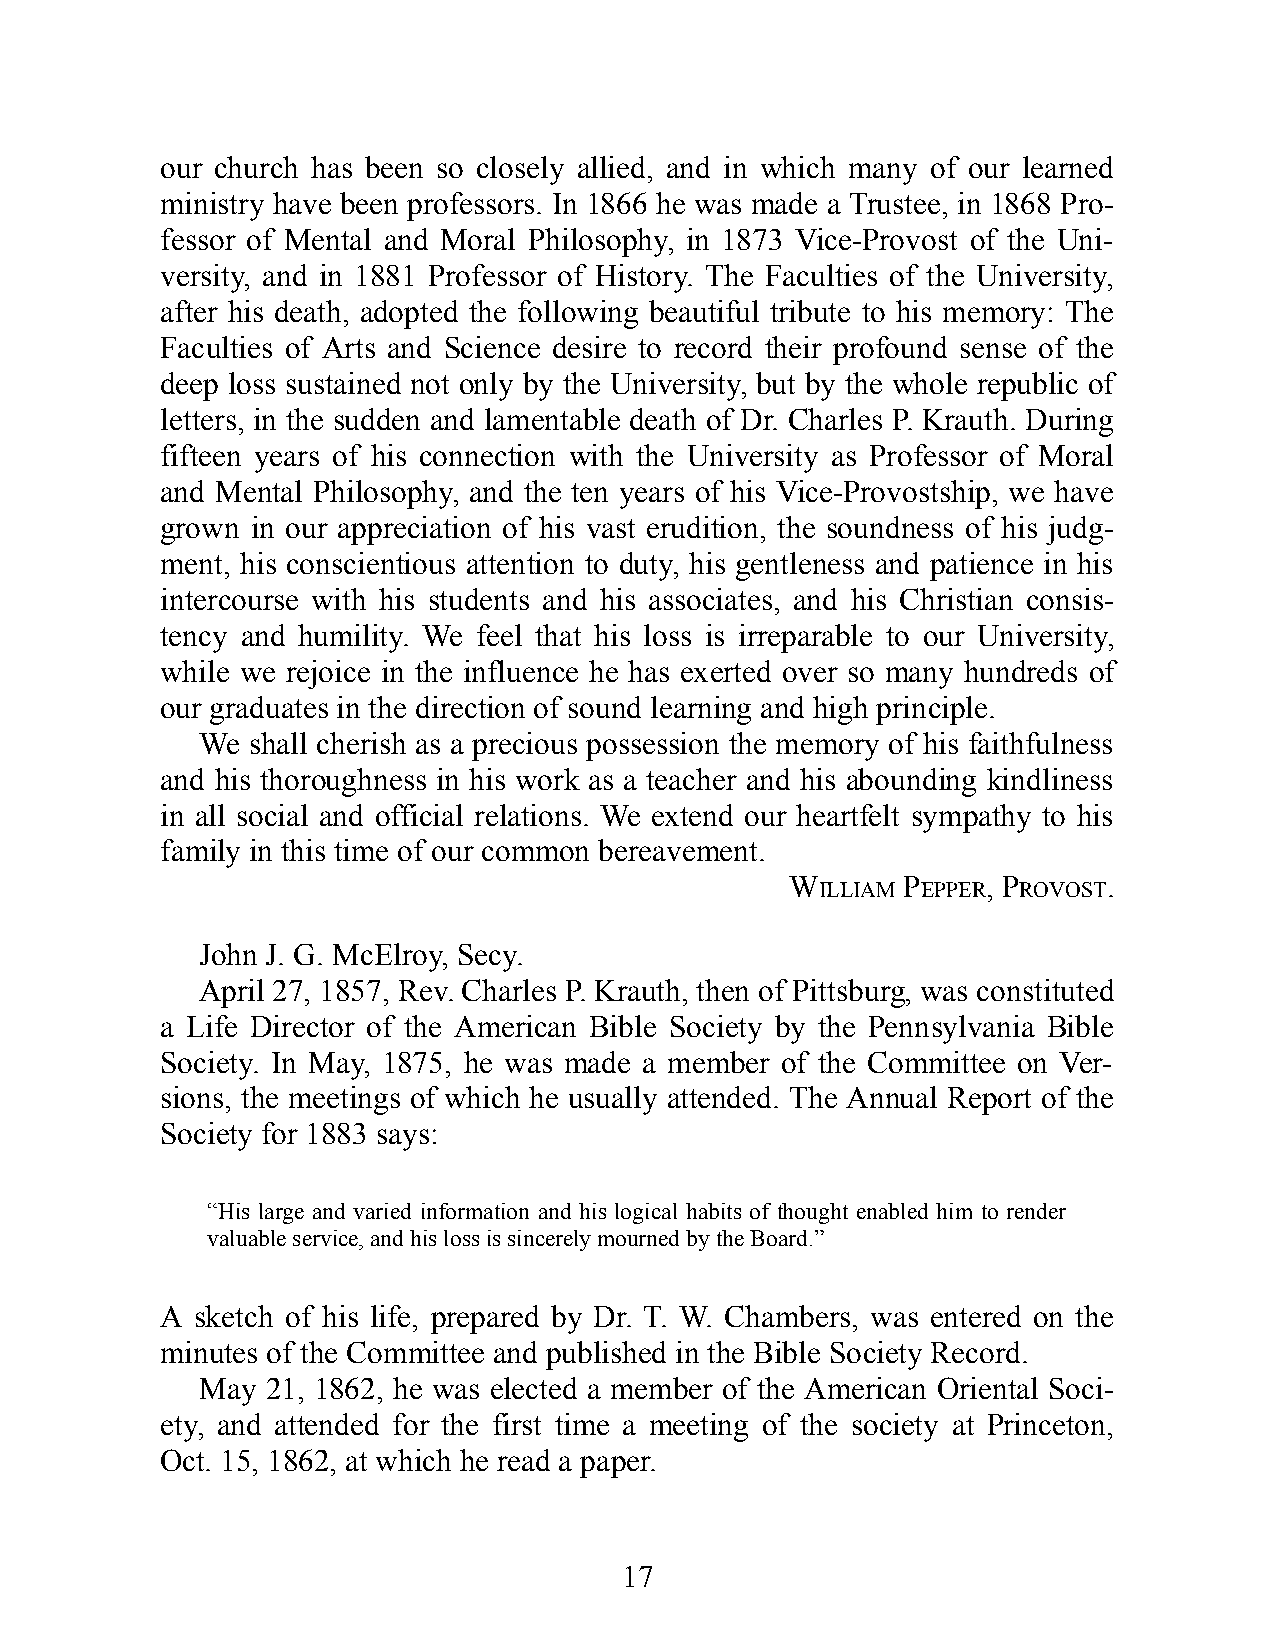
our church has been so closely al lied, and in which many of our learned
 mini stry have been prof es sors. In 1866 he was made a Trustee, in 1868 Pro-
 fes sor of Ment al and Moral Phi los o phy, in 1873 Vice-Provost of the Uni-
 vers ity, and in 1881 Prof es sor of Hist ory. The Facu lt ies of the Univ ers ity,
 af ter his death, adopted the fol lowi ng beaut i ful trib ute to his mem ory: The
 Facu lt ies of Arts and Sci ence des ire to record their prof ound sense of the
 deep loss sust ained not only by the Uni vers ity, but by the whole re publ ic of
 lett ers, in the sudd en and lame nt a ble death of Dr. Charles P. Krauth. Dur ing
 fift een years of his conn ect ion with the Univ ers ity as Prof es sor of Moral
 and Men tal Phi los o phy, and the ten years of his Vice-Provost ship, we have
 grown in our app rec i at ion of his vast erud it ion, the soundn ess of his judg-
 ment, his cons ci ent ious at ten tion to duty, his gent len ess and pat ience in his
 int er course with his stu dents and his as soc iates, and his Chris tian cons is-
 tency and hu mil ity. We feel that his loss is ir repara ble to our Univ ers ity,
 while we re joice in the inf lu ence he has exe rted over so many hund reds of
 our grad u ates in the di rec tion of sound learn ing and high princ i ple.
 We shall cher ish as a prec ious poss ess ion the memo ry of his faith ful ness
 and his thor ough ness in his work as a teacher and his aboundi ng kind li ness
 in all soc ial and off i cial re la tions. We ext end our heartf elt sym pat hy to his
 fam ily in this time of our com mon be reave ment.
 W       P    , P     .
 ILLIAM EPPER ROVOST
 John J. G. McElr oy, Secy.
 April 27, 1857, Rev. Charles P. Krauth, then of Pittsb urg, was con stit uted
 a Life Di rec tor of the Ameri c an Bible So ci ety by the Penn syl van ia Bible
 So ci ety. In May, 1875, he was made a memb er of the Comm it tee on Ver-
 sions, the meet ings of which he usua lly at tended. The Ann ual Rep ort of the
 So ci ety for 1883 says:
 “His large and vari ed in form at ion and his logi cal habits of thought ena bled him to rend er
 valua ble ser vice, and his loss is sin cerely mourned by the Board.”
 A sketch of his life, prep ared by Dr. T. W. Cham bers, was ent ered on the
 minu tes of the Comm it tee and pub lished in the Bible So ci ety Record.
 May  21, 1862, he was elected a memb er of the Ameri c an Orie n tal So ci-
 ety, and at tended for the first time a meet ing of the soc i ety at Prince ton,
 Oct. 15, 1862, at which he read a pap er.
 17